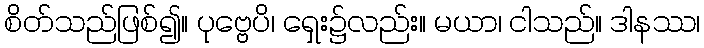
စိတ်သည်ဖြစ်၍။ ပုဗ္ဗေပိ၊ ရှေး၌လည်း။ မယာ၊ ငါသည်။ ဒါနဿ၊